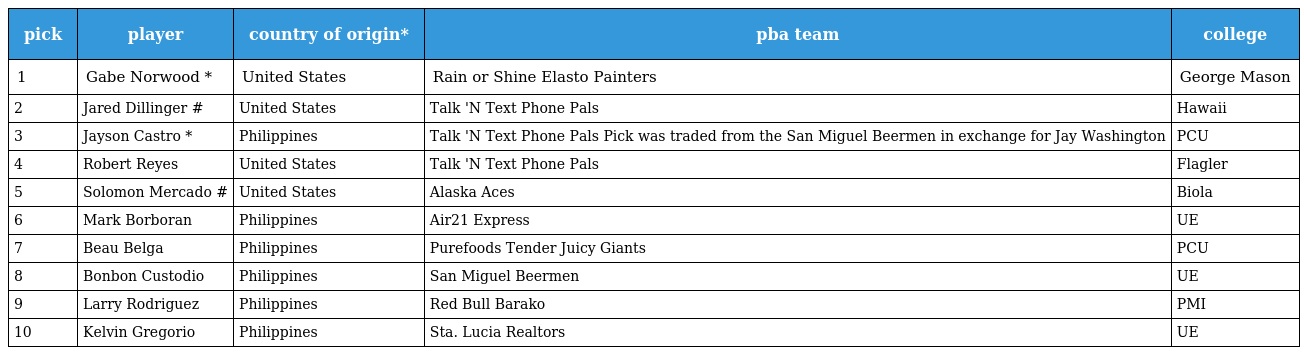
| pick | player | country of origin* | pba team | college |
 | --- | --- | --- | --- | --- |
 | 1 | Gabe Norwood * | United States | Rain or Shine Elasto Painters | George Mason |
 | 2 | Jared Dillinger # | United States | Talk 'N Text Phone Pals | Hawaii |
 | 3 | Jayson Castro * | Philippines | Talk 'N Text Phone Pals Pick was traded from the San Miguel Beermen in exchange for Jay Washington | PCU |
 | 4 | Robert Reyes | United States | Talk 'N Text Phone Pals | Flagler |
 | 5 | Solomon Mercado # | United States | Alaska Aces | Biola |
 | 6 | Mark Borboran | Philippines | Air21 Express | UE |
 | 7 | Beau Belga | Philippines | Purefoods Tender Juicy Giants | PCU |
 | 8 | Bonbon Custodio | Philippines | San Miguel Beermen | UE |
 | 9 | Larry Rodriguez | Philippines | Red Bull Barako | PMI |
 | 10 | Kelvin Gregorio | Philippines | Sta. Lucia Realtors | UE |